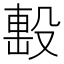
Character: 𣪠